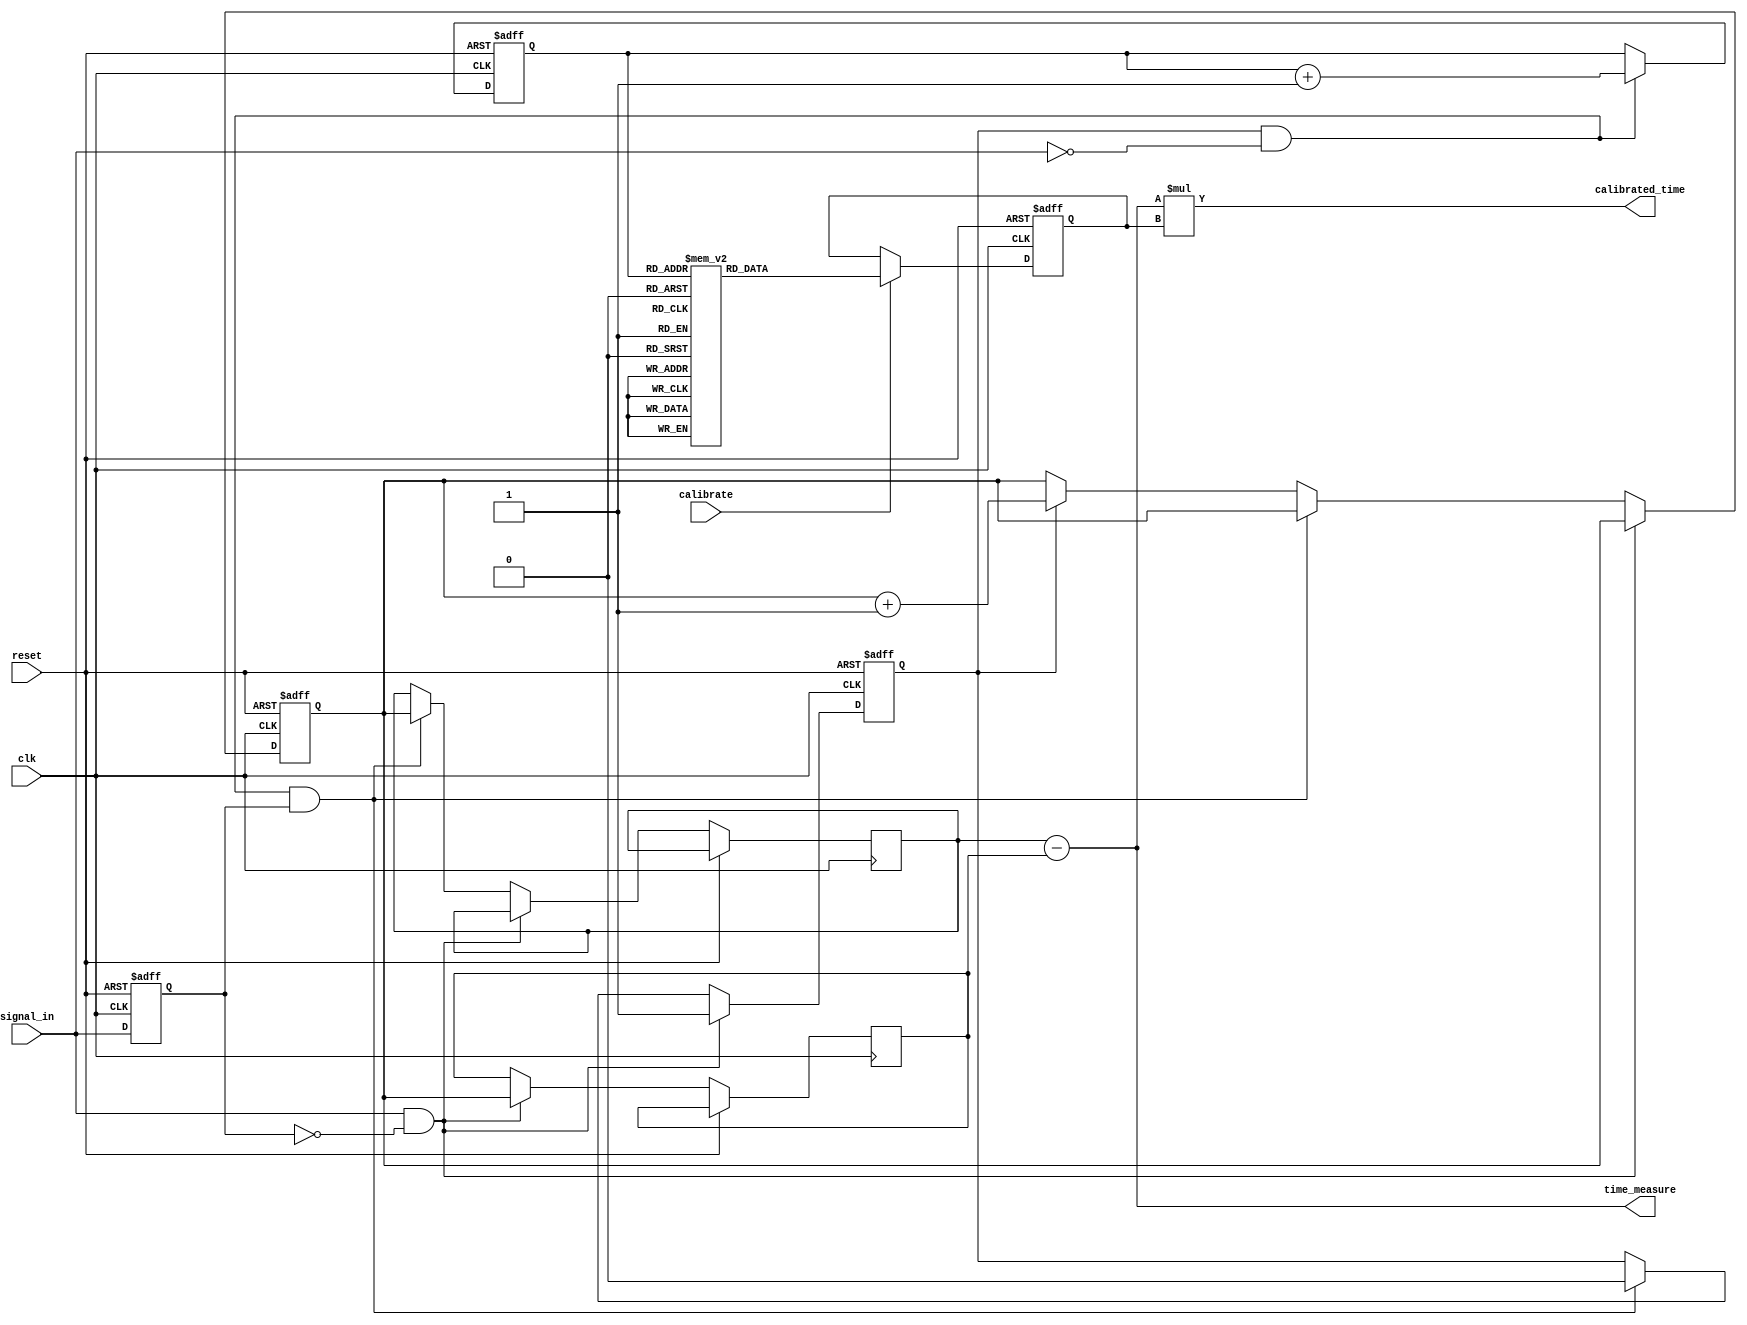
module TDC (
    input wire clk,                   // System clock
    input wire reset,                 // Reset signal
    input wire signal_in,             // Input signal for time measurement
    input wire calibrate,             // Calibration trigger
    output wire [31:0] time_measure,  // Measured time output
    output wire [31:0] calibrated_time // Calibrated time output
);

// Parameters
parameter CLOCK_FREQ = 100e6; // 100 MHz
parameter MAX_COUNT = 32'hFFFFFFFF; // 32-bit counter max value

// Internal Signals
reg [31:0] counter;                // High-resolution counter
reg [31:0] time_start;             // Start time of measurement
reg [31:0] time_end;               // End time of measurement
reg [31:0] calibration_coeff;       // Calibration coefficient
reg [31:0] calibration_memory [0:255]; // Calibration memory
reg [31:0] data_memory [0:255];    // Data memory
reg [7:0] mem_index;               // Memory index for storing measurements
reg measuring;                     // Measurement state
reg calibrated;                    // Calibration state

// Edge Detection
reg signal_prev;

always @(posedge clk or posedge reset) begin
    if (reset) begin
        signal_prev <= 0;
    end else begin
        signal_prev <= signal_in;
    end
end

// Time Measurement Core
always @(posedge clk or posedge reset) begin
    if (reset) begin
        counter <= 0;
        measuring <= 0;
    end else if (signal_in && !signal_prev) begin // Rising edge detected
        time_start <= counter; // Capture start time
        measuring <= 1; // Start measuring
    end else if (measuring && !signal_in && signal_prev) begin // Falling edge detected
        time_end <= counter; // Capture end time
        measuring <= 0; // Stop measuring
    end else if (measuring) begin
        counter <= counter + 1; // Increment counter
    end
end

// Calibration Logic
always @(posedge clk or posedge reset) begin
    if (reset) begin
        calibration_coeff <= 32'h1; // Default calibration coefficient
        calibrated <= 0;
    end else if (calibrate) begin
        // Simple calibration logic (example)
        calibration_coeff <= calibration_memory[mem_index]; // Load calibration coefficient
        calibrated <= 1; // Set calibration state
    end
end

// Output Stage
assign time_measure = time_end - time_start; // Raw time measurement
assign calibrated_time = time_measure * calibration_coeff; // Apply calibration

// Memory Management
always @(posedge clk or posedge reset) begin
    if (reset) begin
        mem_index <= 0; // Initialize memory index
    end else if (measuring && !signal_in) begin
        data_memory[mem_index] <= calibrated_time; // Store calibrated time
        mem_index <= mem_index + 1; // Increment memory index
    end
end

endmodule